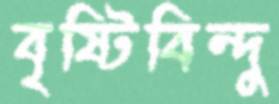
বৃষ্টিবিন্দু